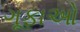
ગૂફાઓ